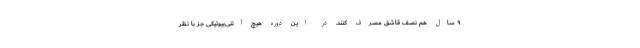
۹ سال هم نصف قاشق مصرف کنند. در این دوره هیچ آنتی‌بیوتیکی جز با نظر